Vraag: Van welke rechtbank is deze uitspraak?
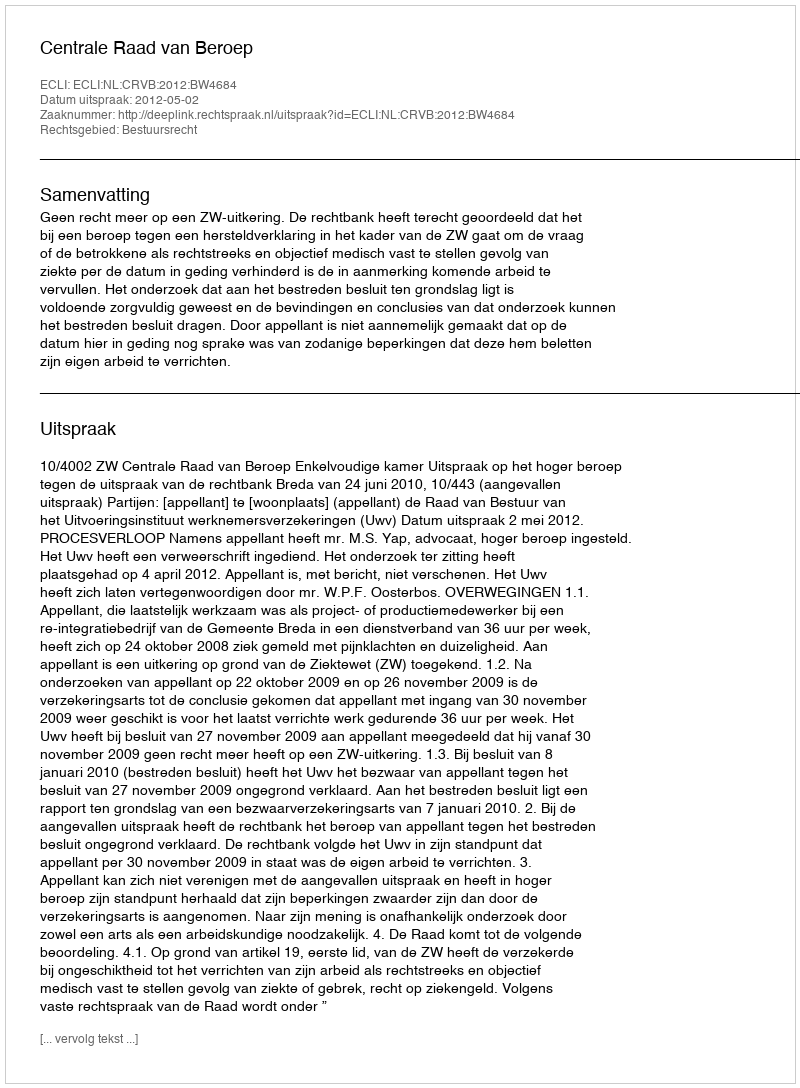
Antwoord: Centrale Raad van Beroep